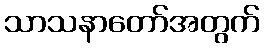
သာသနာတော်အတွက်